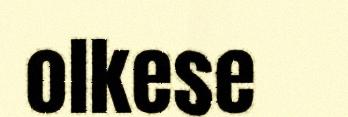
olkese